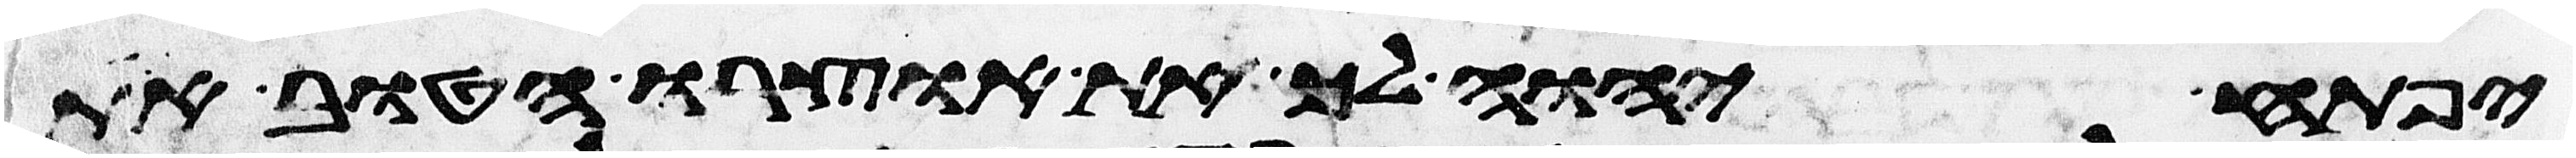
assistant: יפתח יהוה לך את אוצרו הטוב את